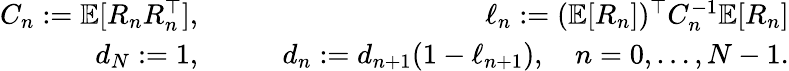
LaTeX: \begin{array}{rlr}{C_{n}:=\mathbb{E}[R_{n}R_{n}^{\top}],}&{\quad}&{\ell_{n}:=(\mathbb{E}[R_{n}])^{\top}C_{n}^{-1}\mathbb{E}[R_{n}]}\\ {d_{N}:=1,}&{\quad}&{d_{n}:=d_{n+1}(1-\ell_{n+1}),\quad n=0,\ldots,N-1.}\end{array}